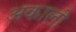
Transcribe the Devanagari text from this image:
अकालो